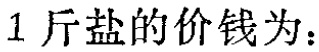
$1\text{ 斤盐的价钱为：}$